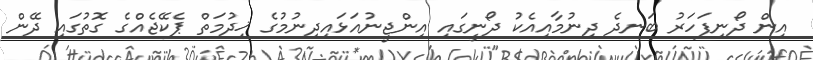
އިން ދޯނިފަހަރު ބަނދެ ދިނުމާއިއެކު ދޯނީގައި އިންޖީނުއަޅައިދިނުމުގެ ޚިދުމަތް ޕެކޭޖެއްގެ ގޮތުގައި ދޭން